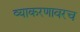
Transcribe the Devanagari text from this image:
व्याकरणावरच